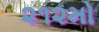
૨૧૨મો